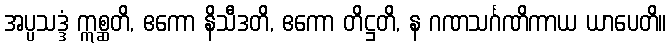
အပ္ပသဒ္ဒံ ဣစ္ဆတိ, ဧကော နိသီဒတိ, ဧကော တိဋ္ဌတိ, န ဂဏသင်္ဂဏိကာယ ယာပေတိ။